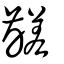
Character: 𪙉